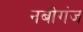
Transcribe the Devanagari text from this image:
नबीगंज